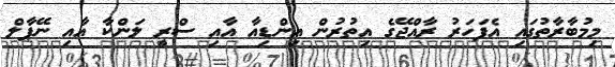
މިމުބާރާތުގައި އެފަހަރު ރާއްޖޭގެ އިތުރުން އިންޑިއާ އާއި ސްރީ ލަންކާ އާއި ނޭޕާލް